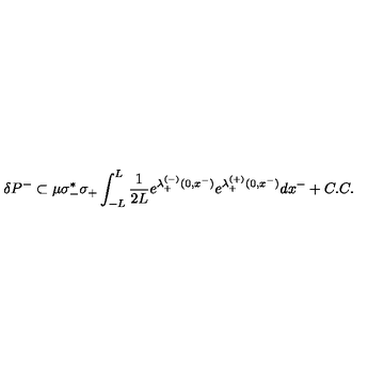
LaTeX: \delta P ^ { - } \subset \mu \sigma _ { - } ^ { * } \sigma _ { + } \int _ { - L } ^ { L } { \frac { 1 } { 2 L } } e ^ { \lambda _ { + } ^ { ( - ) } ( 0 , x ^ { - } ) } e ^ { \lambda _ { + } ^ { ( + ) } ( 0 , x ^ { - } ) } d x ^ { - } + C . C .